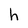
Character: h